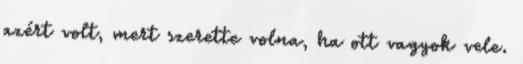
azért volt, mert szerette volna, ha ott vagyok vele.